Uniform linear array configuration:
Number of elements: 12
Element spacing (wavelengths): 0.5
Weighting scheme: hann
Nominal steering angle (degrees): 15
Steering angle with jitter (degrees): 16.455
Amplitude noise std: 0.05
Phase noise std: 0.05

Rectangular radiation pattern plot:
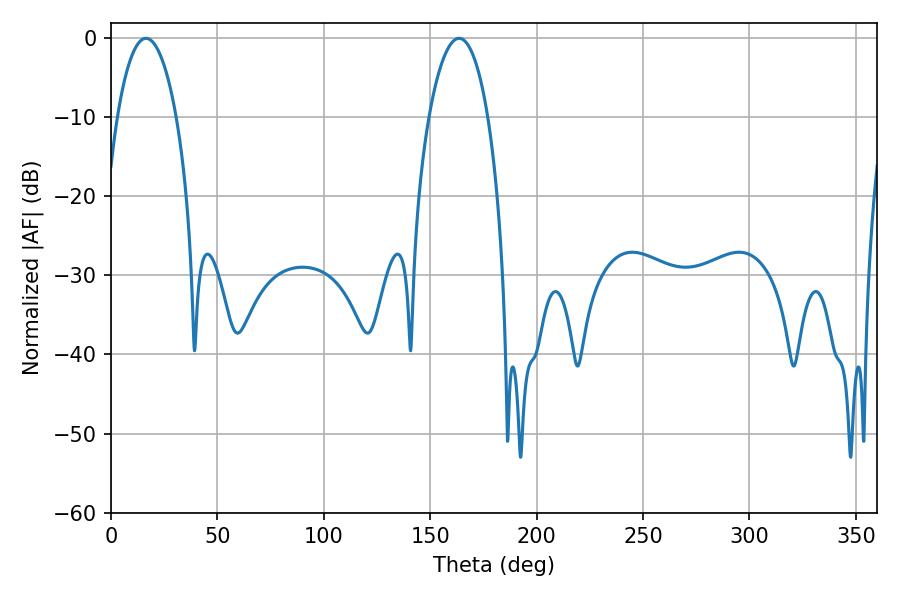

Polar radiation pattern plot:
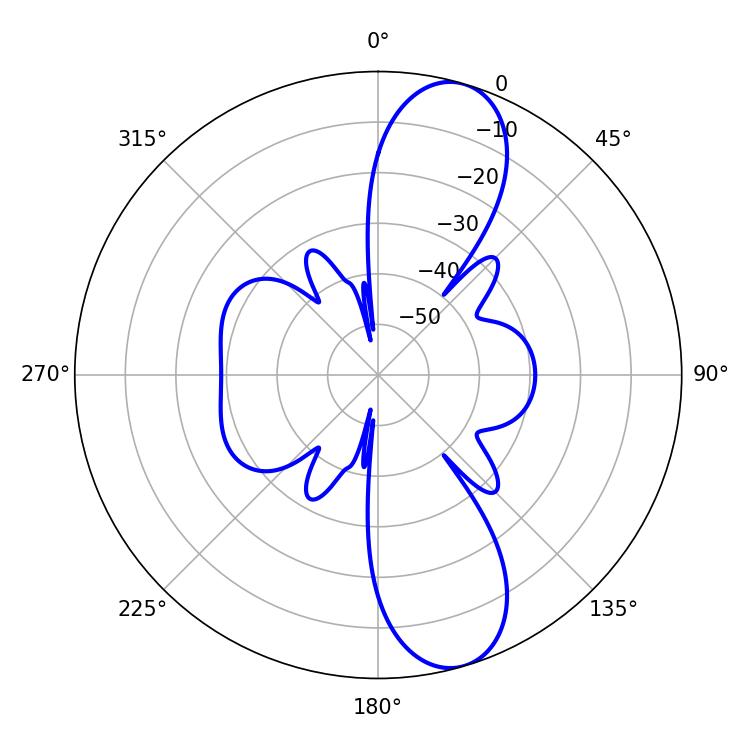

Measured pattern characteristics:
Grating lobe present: FALSE
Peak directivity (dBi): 10.907
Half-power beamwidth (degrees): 15.48
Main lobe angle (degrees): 163.62